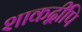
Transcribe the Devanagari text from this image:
शाकद्वीपि